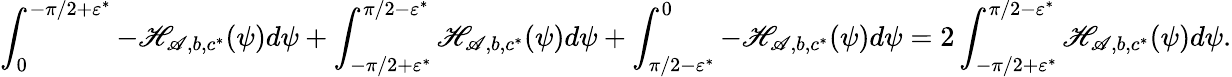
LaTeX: \int_{0}^{-\pi/2+\varepsilon^{*}}-\mathscr{H}_{\mathscr{A},b,c^{*}}(\psi)d\psi+\int_{-\pi/2+\varepsilon^{*}}^{\pi/2-\varepsilon^{*}}\mathscr{H}_{\mathscr{A},b,c^{*}}(\psi)d\psi+\int_{\pi/2-\varepsilon^{*}}^{0}-\mathscr{H}_{\mathscr{A},b,c^{*}}(\psi)d\psi=2\int_{-\pi/2+\varepsilon^{*}}^{\pi/2-\varepsilon^{*}}\mathscr{H}_{\mathscr{A},b,c^{*}}(\psi)d\psi.